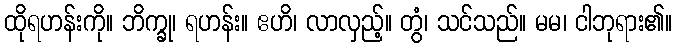
ထိုရဟန်းကို။ ဘိက္ခု၊ ရဟန်း။ ဧဟိ၊ လာလှည့်။ တွံ၊ သင်သည်။ မမ၊ ငါဘုရား၏။